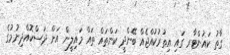
ގާތު ކައުންޓާރ ގައި އިތުރުކުއްޖެއް ބޭންދީ ކަންތައް ތައް މައިލީން އަށް ދަސްކޮއްދިނުމުގެ